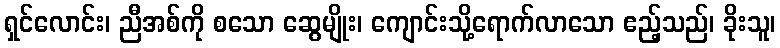
ရှင်လောင်း၊ ညီအစ်ကို စသော ဆွေမျိုး၊ ကျောင်းသို့ရောက်လာသော ဧည့်သည်၊ ခိုးသူ၊